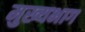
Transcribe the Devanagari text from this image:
मुख्यभाग